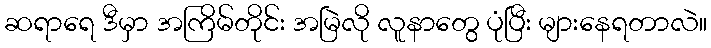
ဆရာရေ ဒီမှာ အကြိမ်တိုင်း အမြဲလို လူနာတွေ ပုံပြီး များနေရတာလဲ။